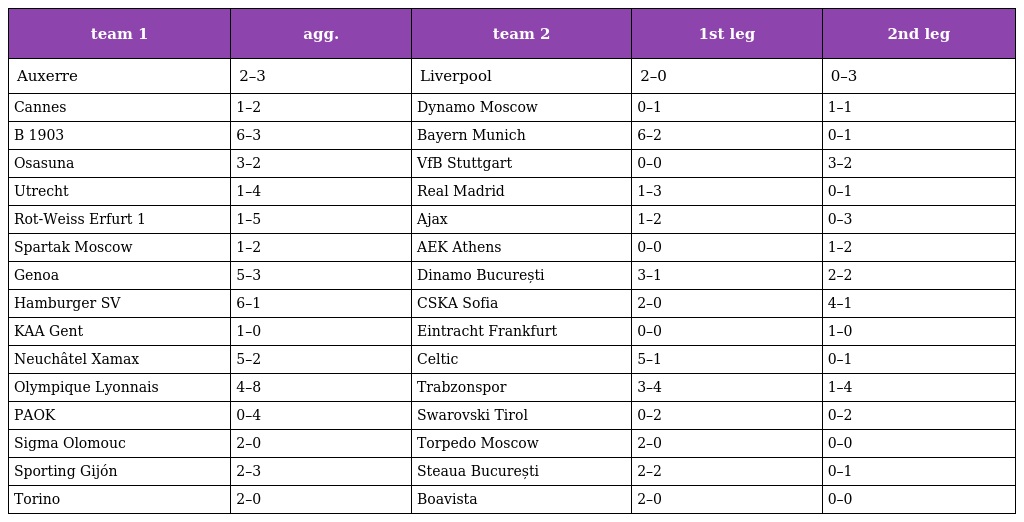
| team 1 | agg. | team 2 | 1st leg | 2nd leg |
 | --- | --- | --- | --- | --- |
 | Auxerre | 2–3 | Liverpool | 2–0 | 0–3 |
 | Cannes | 1–2 | Dynamo Moscow | 0–1 | 1–1 |
 | B 1903 | 6–3 | Bayern Munich | 6–2 | 0–1 |
 | Osasuna | 3–2 | VfB Stuttgart | 0–0 | 3–2 |
 | Utrecht | 1–4 | Real Madrid | 1–3 | 0–1 |
 | Rot-Weiss Erfurt 1 | 1–5 | Ajax | 1–2 | 0–3 |
 | Spartak Moscow | 1–2 | AEK Athens | 0–0 | 1–2 |
 | Genoa | 5–3 | Dinamo București | 3–1 | 2–2 |
 | Hamburger SV | 6–1 | CSKA Sofia | 2–0 | 4–1 |
 | KAA Gent | 1–0 | Eintracht Frankfurt | 0–0 | 1–0 |
 | Neuchâtel Xamax | 5–2 | Celtic | 5–1 | 0–1 |
 | Olympique Lyonnais | 4–8 | Trabzonspor | 3–4 | 1–4 |
 | PAOK | 0–4 | Swarovski Tirol | 0–2 | 0–2 |
 | Sigma Olomouc | 2–0 | Torpedo Moscow | 2–0 | 0–0 |
 | Sporting Gijón | 2–3 | Steaua București | 2–2 | 0–1 |
 | Torino | 2–0 | Boavista | 2–0 | 0–0 |